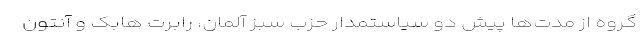
گروه از مدت‌ها پیش دو سیاستمدار حزب سبز آلمان، رابرت هابک و آنتون